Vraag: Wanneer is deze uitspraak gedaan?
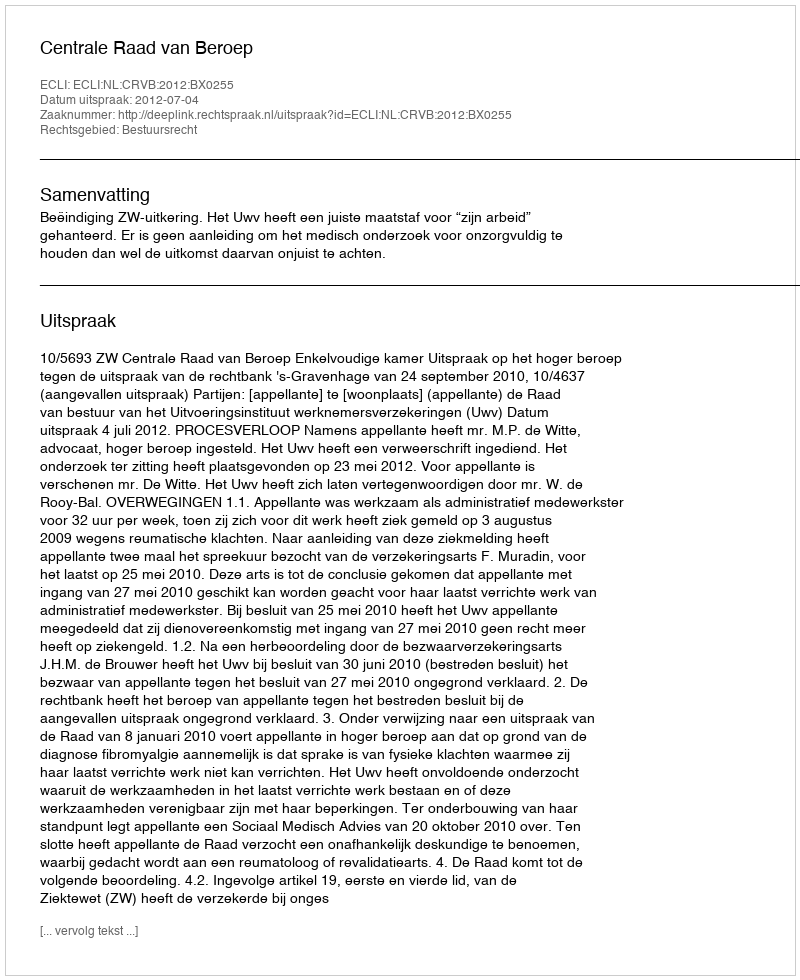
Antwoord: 2012-07-04